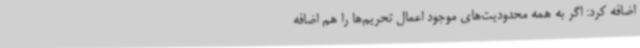
اضافه کرد: اگر به همه محدودیت‌های موجود اعمال تحریم‌ها را هم اضافه